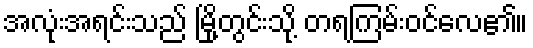
အလုံးအရင်းသည် မြို့တွင်းသို့ တရကြမ်းဝင်လေ၏။